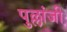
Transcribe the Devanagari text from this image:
पुल्लांजी